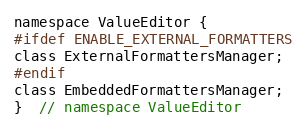
Language: C
namespace ValueEditor {
#ifdef ENABLE_EXTERNAL_FORMATTERS
class ExternalFormattersManager;
#endif
class EmbeddedFormattersManager;
}  // namespace ValueEditor